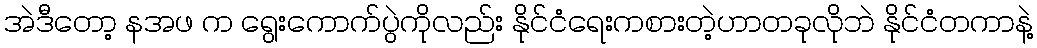
အဲဒီတော့ နအဖ က ရွေးကောက်ပွဲကိုလည်း နိုင်ငံရေးကစားတဲ့ဟာတခုလိုဘဲ နိုင်ငံတကာနဲ့